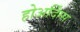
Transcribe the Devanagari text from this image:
होअर्दिंग्स